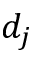
d _ { j }